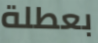
بعطلة